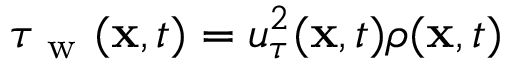
\tau _ { \mathrm { ~ w ~ } } ( \mathbf { x } , t ) = u _ { \tau } ^ { 2 } ( \mathbf { x } , t ) \rho ( \mathbf { x } , t )